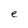
Character: e